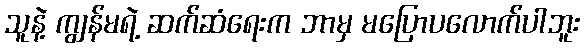
သူနဲ့ ကျွန်မရဲ့ ဆက်ဆံရေးက ဘာမှ မပြောပလောက်ပါဘူး